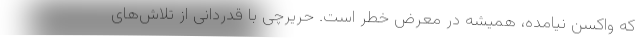
که واکسن نیامده، همیشه در معرض خطر است. حریرچی با قدردانی از تلاش‌های